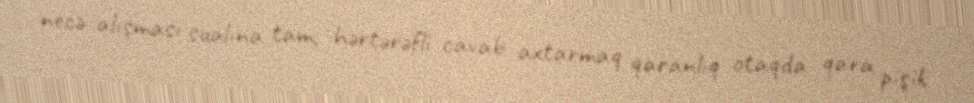
necə alışması sualına tam, hərtərəfli cavab axtarmaq qaranlıq otaqda qara pişik